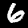
Label: 6